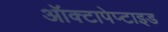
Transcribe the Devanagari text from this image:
ऑक्टापेप्टाइड